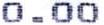
0.00